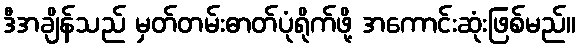
ဒီအချိန်သည် မှတ်တမ်းဓာတ်ပုံရိုက်ဖို့ အကောင်းဆုံးဖြစ်မည်။